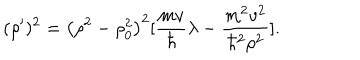
( \rho ^ { \prime } ) ^ { 2 } = \bigl ( \rho ^ { 2 } - \rho _ { 0 } ^ { 2 } \bigr ) ^ { 2 } [ { \frac { m v } { \hbar } } \lambda - { \frac { m ^ { 2 } v ^ { 2 } } { \hbar ^ { 2 } \rho ^ { 2 } } } ] .